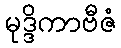
မုဒ္ဒိကာဗီဇံ